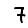
Digit: 7